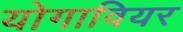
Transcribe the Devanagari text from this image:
योगावियर